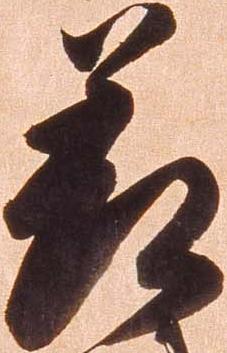
差